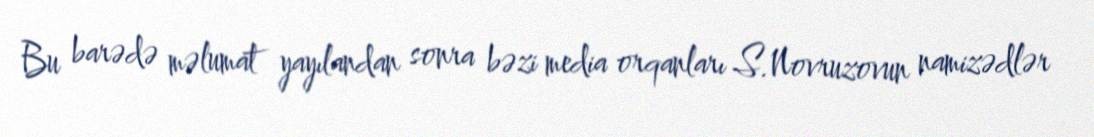
Bu barədə məlumat yayılandan sonra bəzi media orqanları S.Novruzovun namizədlər